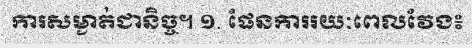
ការសម្ងាត់ជានិច្ច។ ១. ផែនការរយៈពេលវែង៖